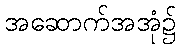
အဆောက်အအုံ၌